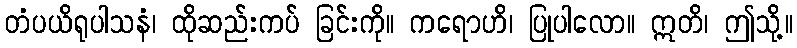
တံပယိရုပါသနံ၊ ထိုဆည်းကပ် ခြင်းကို။ ကရောဟိ၊ ပြုပါလော။ ဣတိ၊ ဤသို့။